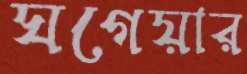
ঘগেয়ার